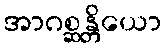
အာဂစ္ဆန္တိယော